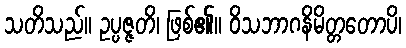
သတိသည်။ ဥပ္ပဇ္ဇတိ၊ ဖြစ်၏။ ဝိသဘာဂနိမိတ္တတောပိ၊